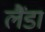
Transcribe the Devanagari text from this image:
लैंडा